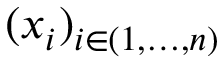
( x _ { i } ) _ { i \in ( 1 , \ldots , n ) }